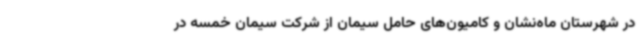
در شهرستان ماه‌نشان و کامیون‌های حامل سیمان از شرکت سیمان خمسه در